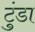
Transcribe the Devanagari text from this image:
टुंडा